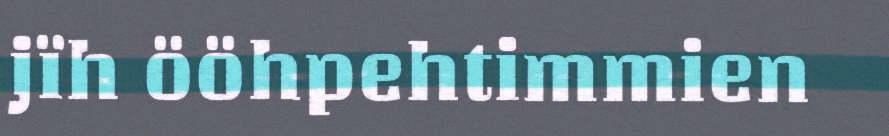
jïh ööhpehtimmien